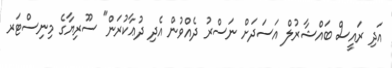
އަދި ރައީސް ބައްޝާރުލް އަސަދަށް ނަސްރު ދެއްވުން އެދި ދުޢާކުރަން" ސޫރިޔާގެ މިނިސްޓަރ